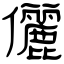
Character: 儷